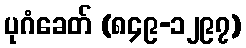
ပုဂံခေတ် (၈၄၉-၁၂၉၇)